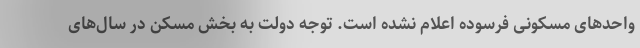
واحدهای مسکونی فرسوده اعلام نشده است. توجه دولت به بخش مسکن در سال‌های